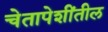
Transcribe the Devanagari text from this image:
चेतापेशींतील